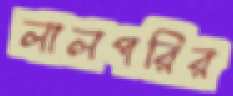
লালপরির